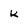
Character: k